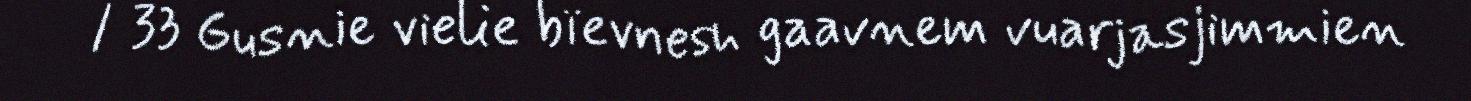
/ 33 Gusnie vielie bïevnesh gaavnem vuarjasjimmien